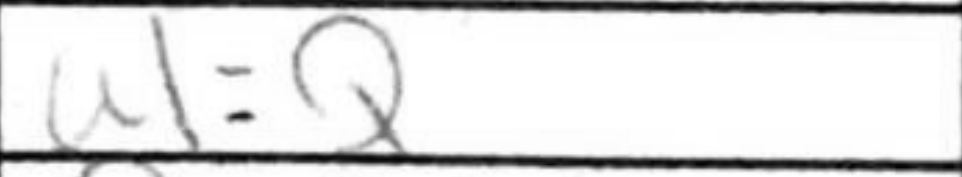
Transcription: a1=Q